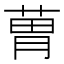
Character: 𦳢